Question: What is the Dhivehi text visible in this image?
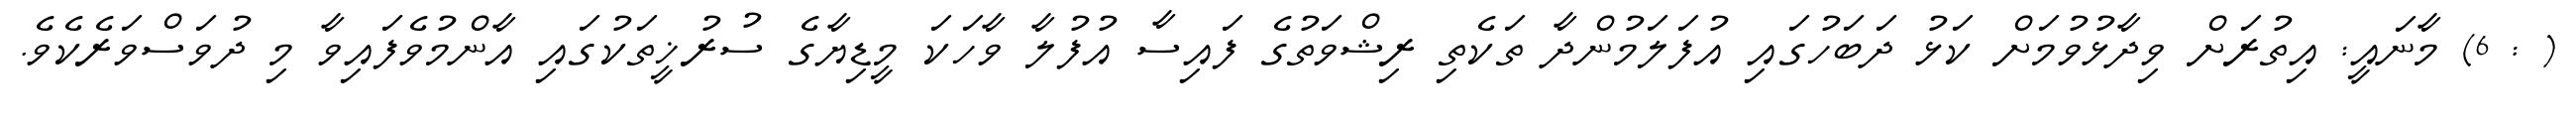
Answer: ( : 6) މާނައީ: އިތުރަށް ވިދާޅުވުމަށް ކަޅު ދަބަހުގައި އުފަލަމުންދާ ތަކެތި ރިޝްވަތުގެ ފައިސާ އުފުލާ ވާހަކަ މީޑިޔާގެ ސުރުޚީތަކުގައި އާންމުވެފައިވާ މި ދުވަސްވަރެކެވެ.